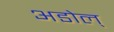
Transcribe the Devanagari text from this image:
अडोल्